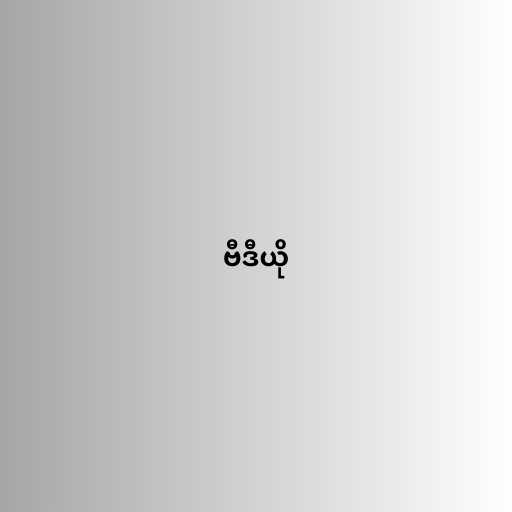
ဗီဒီယို